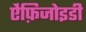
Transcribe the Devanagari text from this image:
ऐंफ़िजोइडी